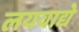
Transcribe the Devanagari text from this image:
लयवाद्ये